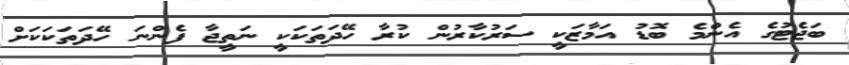
ބަޖެޓުގެ އެންމެ ބޮޑު އަމާޒަކީ ސަރުކާރުން ކުރާ ހޭދަތަކަކީ ނަތީޖާ ފެންނަ ހޭދަތަކަކަށް